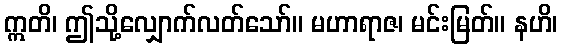
ဣတိ၊ ဤသို့လျှောက်လတ်သော်။ မဟာရာဇ၊ မင်းမြတ်။ နဟိ၊